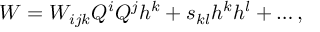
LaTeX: W = W _ { i j k } Q ^ { i } Q ^ { j } h ^ { k } + s _ { k l } h ^ { k } h ^ { l } + \dots ,